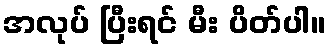
အလုပ် ပြီးရင် မီး ပိတ်ပါ။